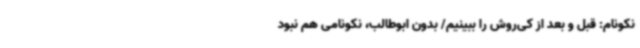
نکونام: قبل و بعد از کی‌روش را ببینیم/ بدون ابوطالب، نکونامی هم نبود